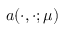
a ( \cdot , \cdot ; \mu )